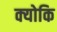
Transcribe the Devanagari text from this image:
क्‍योकि